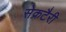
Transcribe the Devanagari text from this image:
सेक्रटैरी